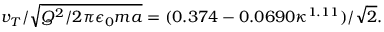
v _ { T } / { \sqrt { Q ^ { 2 } / 2 \pi \epsilon _ { 0 } m a } } = ( 0 . 3 7 4 - 0 . 0 6 9 0 \kappa ^ { 1 . 1 1 } ) / \sqrt { 2 } .